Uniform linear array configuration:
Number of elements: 16
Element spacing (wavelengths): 0.25
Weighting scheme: hamming
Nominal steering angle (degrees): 45
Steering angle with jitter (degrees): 43.136
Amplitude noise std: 0.05
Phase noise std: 0.05

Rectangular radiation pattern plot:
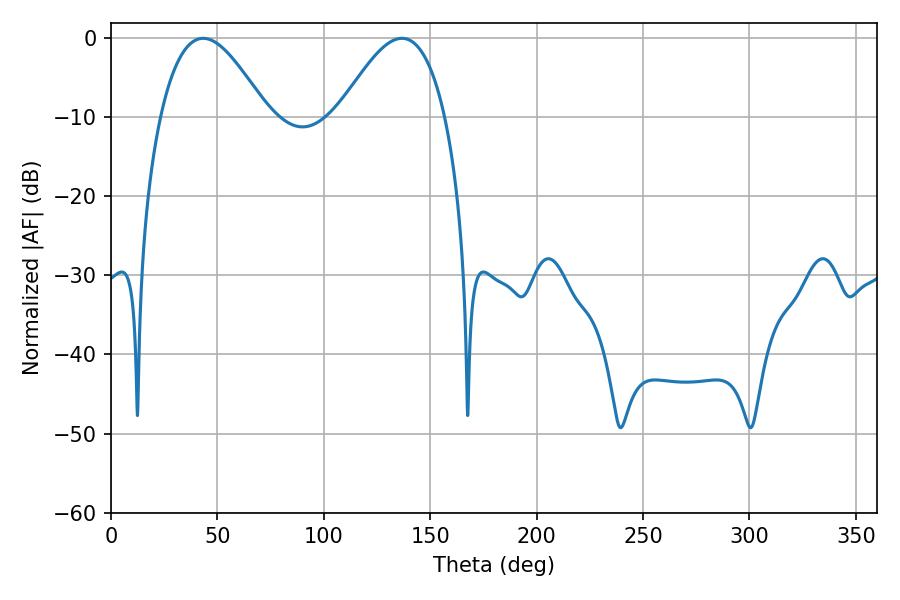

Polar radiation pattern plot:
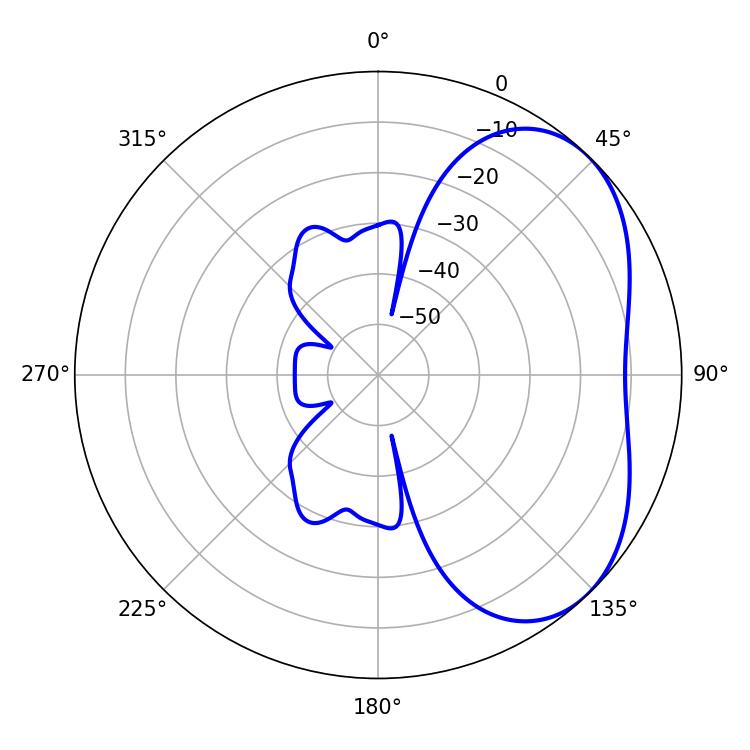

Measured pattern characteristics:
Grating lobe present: FALSE
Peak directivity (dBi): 4.17
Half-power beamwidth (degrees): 27.18
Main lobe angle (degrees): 43.38